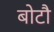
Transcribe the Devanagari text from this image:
बोटौ